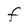
Character: F